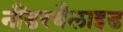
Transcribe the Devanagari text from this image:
नींडरथैलाइड